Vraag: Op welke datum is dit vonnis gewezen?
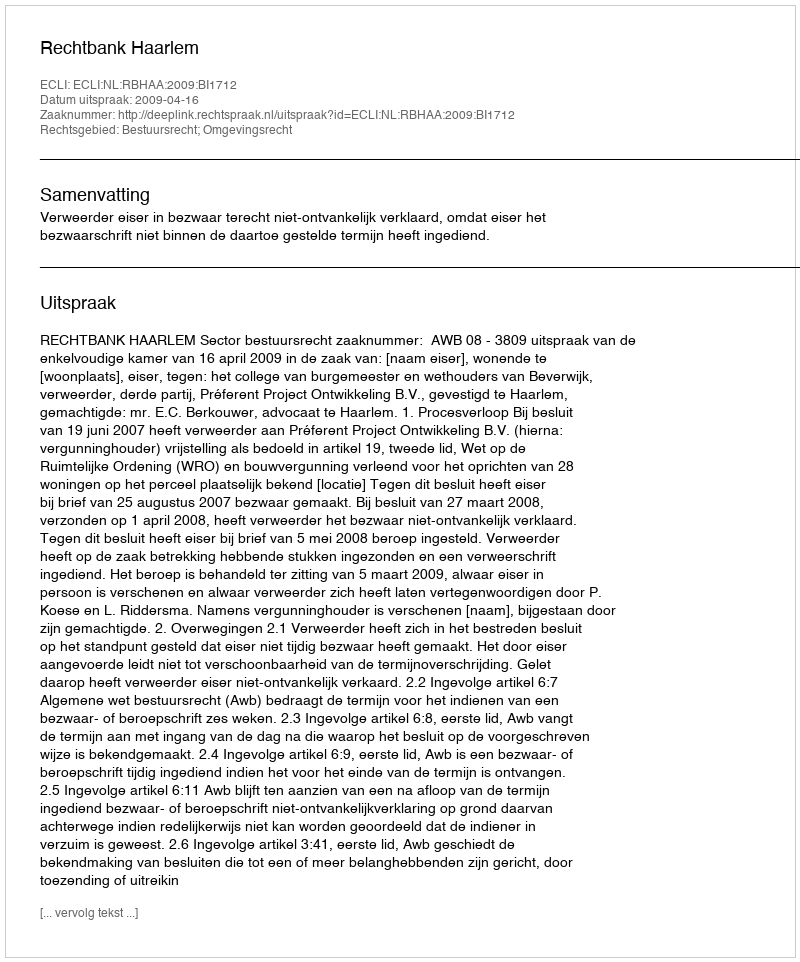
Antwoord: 2009-04-16